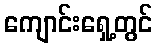
ကျောင်းရှေ့တွင်